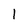
Character: 1